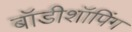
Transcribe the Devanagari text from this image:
बॉडीशॉपिंग